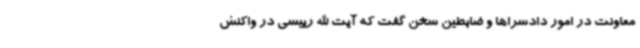
معاونت در امور دادسراها و ضابطین سخن گفت که آیت الله رییسی در واکنش